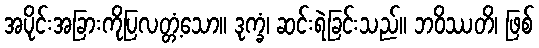
အပိုင်းအခြားကိုပြလတ္တံ့သော။ ဒုက္ခံ၊ ဆင်းရဲခြင်းသည်။ ဘဝိဿတိ၊ ဖြစ်